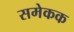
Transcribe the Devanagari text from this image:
समेकक